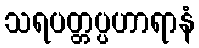
သရပတ္တပ္ပဟာရာနံ